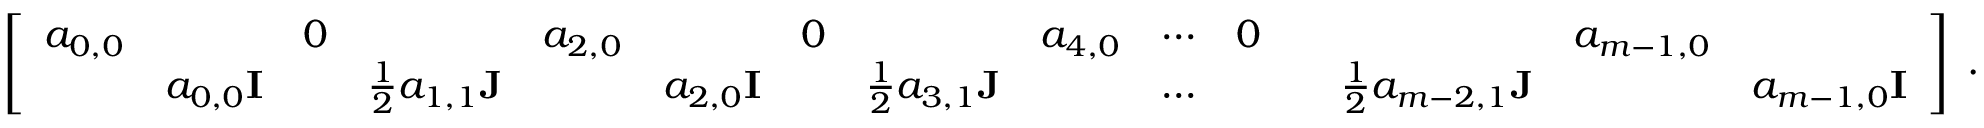
\begin{array} { r } { \left[ \begin{array} { l l l l l l l l l l l l l l l } { a _ { 0 , 0 } } & & { 0 } & & { a _ { 2 , 0 } } & & { 0 } & & { a _ { 4 , 0 } } & { \cdots } & { 0 } & & & { a _ { m - 1 , 0 } } & \\ & { a _ { 0 , 0 } { \bf I } } & & { \frac { 1 } { 2 } a _ { 1 , 1 } { \bf J } } & & { a _ { 2 , 0 } { \bf I } } & & { \frac { 1 } { 2 } a _ { 3 , 1 } { \bf J } } & & { \dots } & & & { \frac { 1 } { 2 } a _ { m - 2 , 1 } { \bf J } } & & { a _ { m - 1 , 0 } { \bf I } } \end{array} \right] \; . } \end{array}